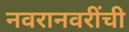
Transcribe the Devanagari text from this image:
नवरानवरींची